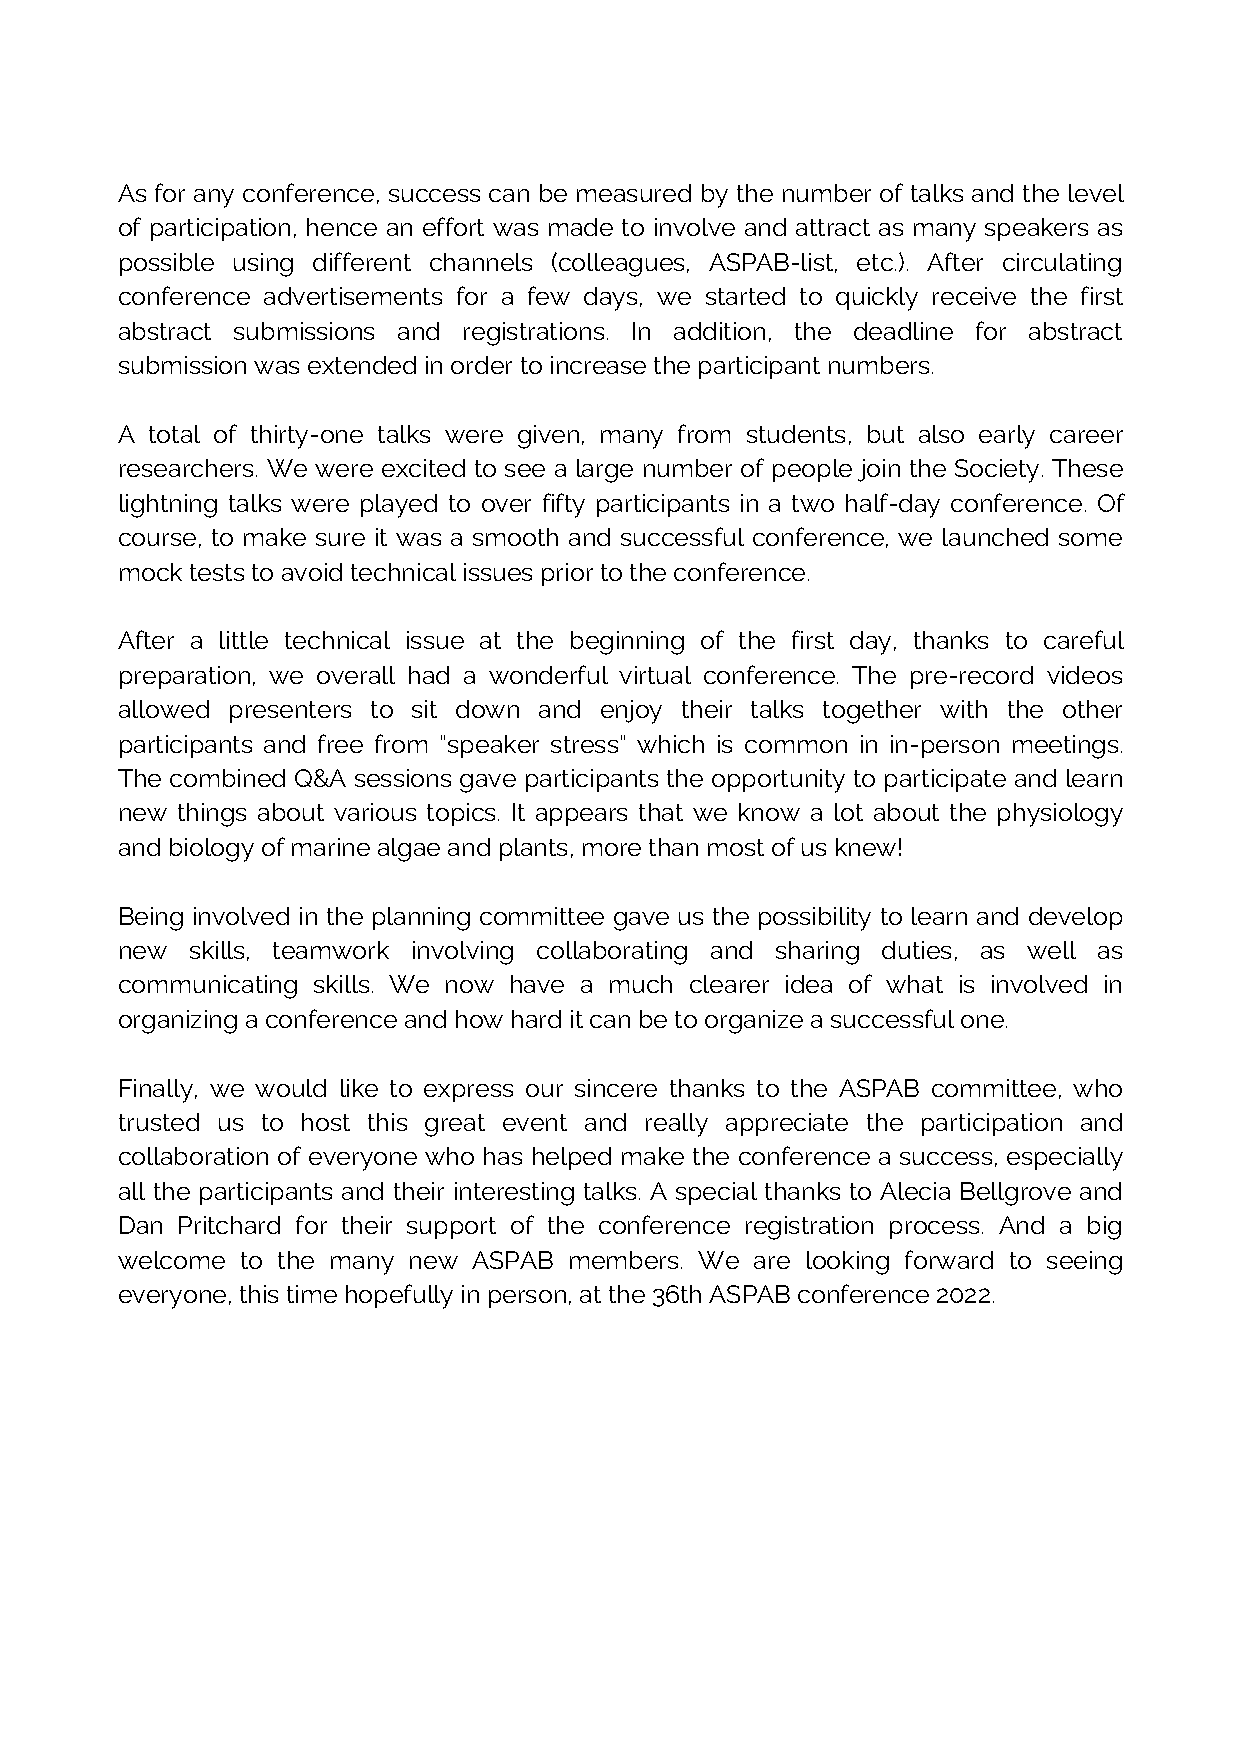
As for any conference, success can be measured by the number of talks and the level
 of participation, hence an effort was made to involve and attract as many speakers as
 possible using different channels (colleagues, ASPAB-list, etc.). After circulating
 conference advertisements for a few days, we started to quickly receive the first
 abstract submissions and registrations. In addition, the deadline for abstract
 submission was extended in order to increase the participant numbers.
 A total of thirty-one talks were given, many from students, but also early career
 researchers. We were excited to see a large number of people join the Society. These
 lightning talks were played to over fifty participants in a two half-day conference. Of
 course, to make sure it was a smooth and successful conference, we launched some
 mock tests to avoid technical issues prior to the conference.
 After a little technical issue at the beginning of the first day, thanks to careful
 preparation, we overall had a wonderful virtual conference. The pre-record videos
 allowed presenters to sit down and enjoy their talks together with the other
 participants and free from “speaker stress” which is common in in-person meetings.
 The combined Q&A sessions gave participants the opportunity to participate and learn
 new things about various topics. It appears that we know a lot about the physiology
 and biology of marine algae and plants, more than most of us knew!
 Being involved in the planning committee gave us the possibility to learn and develop
 new skills, teamwork involving collaborating and sharing duties, as well as
 communicating skills. We now have a much clearer idea of what is involved in
 organizing a conference and how hard it can be to organize a successful one.
 Finally, we would like to express our sincere thanks to the ASPAB committee, who
 trusted us to host this great event and really appreciate the participation and
 collaboration of everyone who has helped make the conference a success, especially
 all the participants and their interesting talks. A special thanks to Alecia Bellgrove and
 Dan Pritchard for their support of the conference registration process. And a big
 welcome to the many new ASPAB members. We are looking forward to seeing
 everyone, this time hopefully in person, at the 36th ASPAB conference 2022.